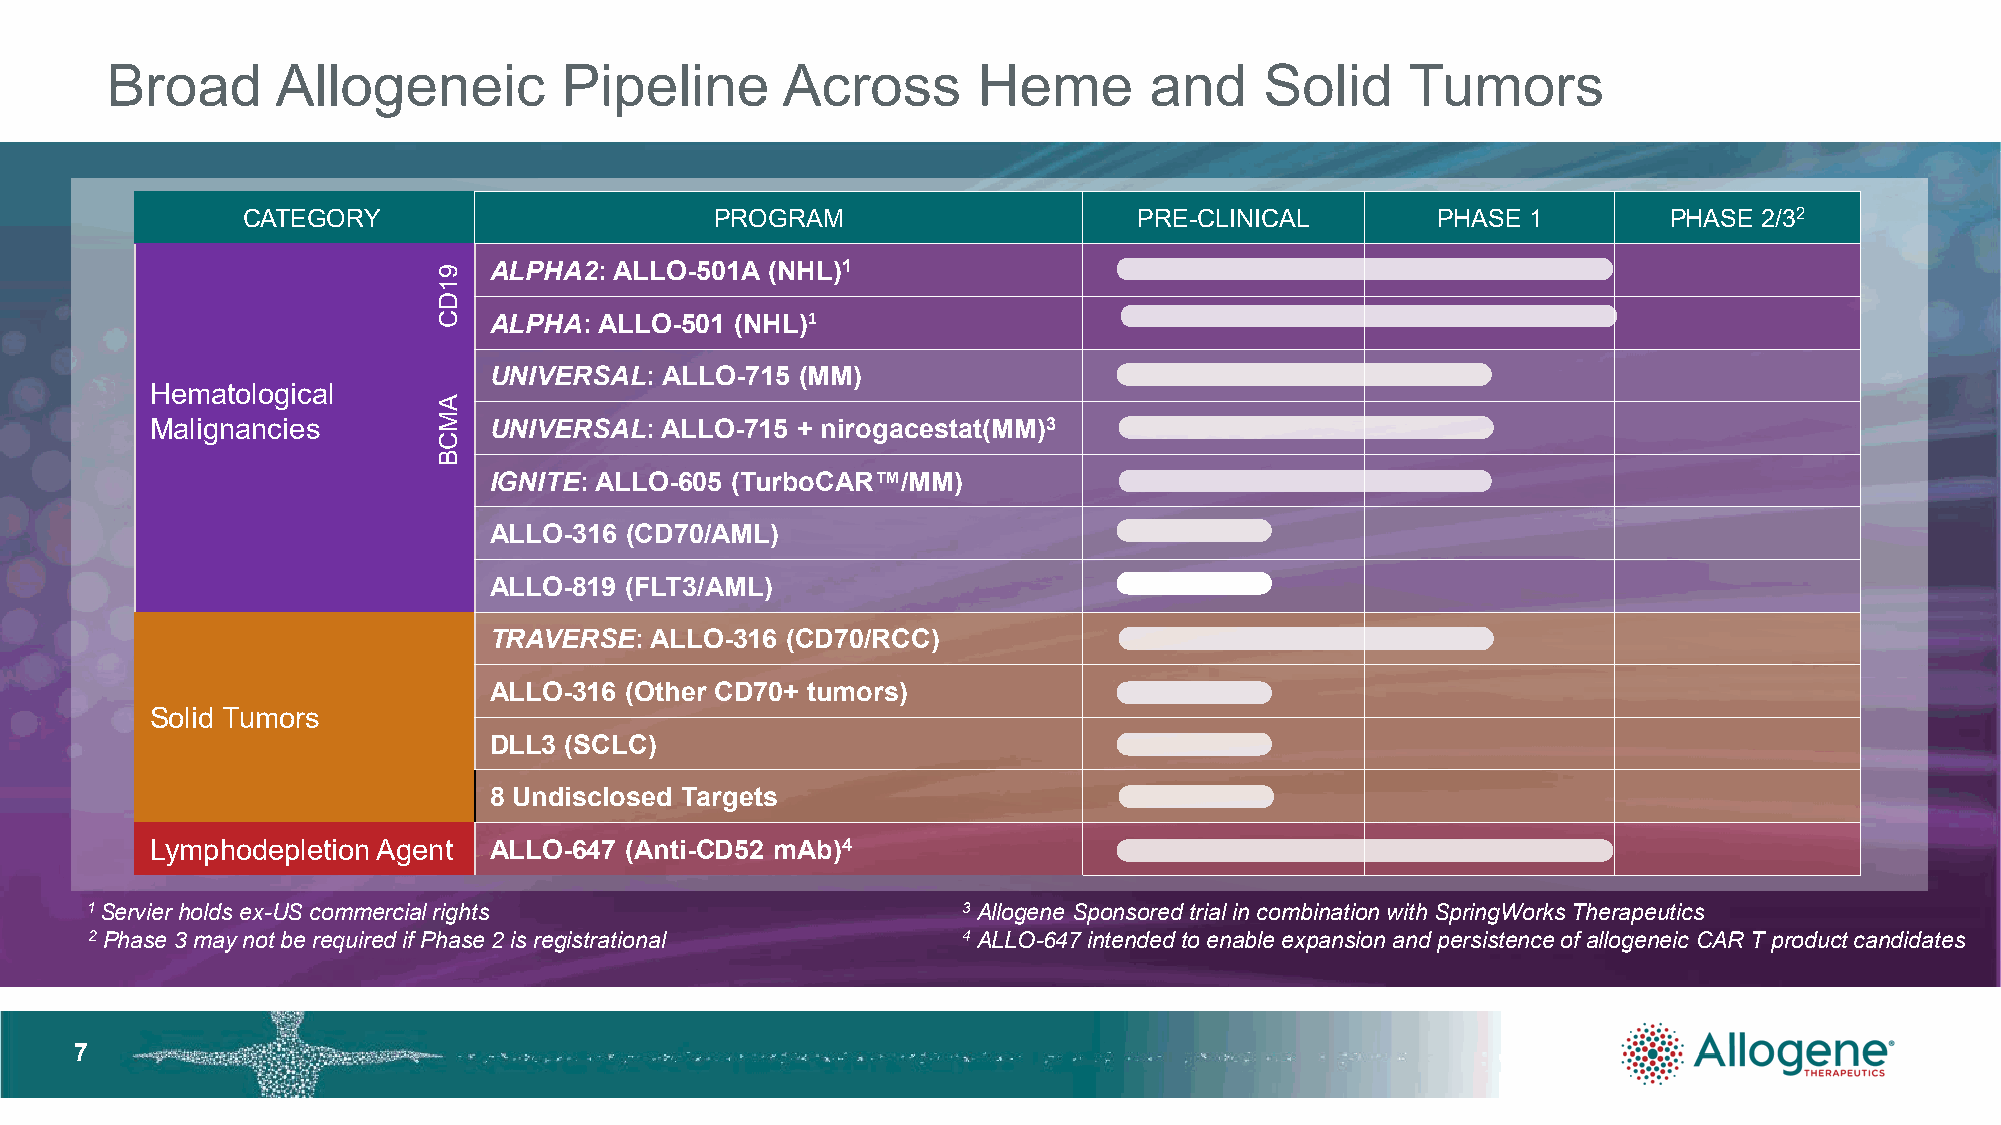
Broad      Allogeneic         Pipeline       Across       Heme       and     Solid    Tumors
 CATEGORY                       PROGRAM                     PRE-CLINICAL        PHASE 1        PHASE  2/32
 ALPHA2:  ALLO-501A (NHL)1
 ALPHA:  ALLO-501 (NHL)1
 UNIVERSAL:  ALLO-715 (MM)
 Hematological
 Malignancies          UNIVERSAL:  ALLO-715 + nirogacestat(MM)3
 IGNITE: ALLO-605 (TurboCAR™/MM)
 ALLO-316 (CD70/AML)
 ALLO-819 (FLT3/AML)
 TRAVERSE:  ALLO-316 (CD70/RCC)
 ALLO-316 (Other CD70+ tumors)
 Solid Tumors
 DLL3 (SCLC)
 8 Undisclosed Targets
 Lymphodepletion Agent ALLO-647 (Anti-CD52 mAb)4
 1 Servier holds ex-US commercial rights                   3 Allogene Sponsored trial in combination with SpringWorks Therapeutics
 2 Phase 3 may not be required if Phase 2 is registrational 4 ALLO-647 intended to enable expansion and persistence of allogeneic CAR T product candidates
 77
 91DC
 AMCB